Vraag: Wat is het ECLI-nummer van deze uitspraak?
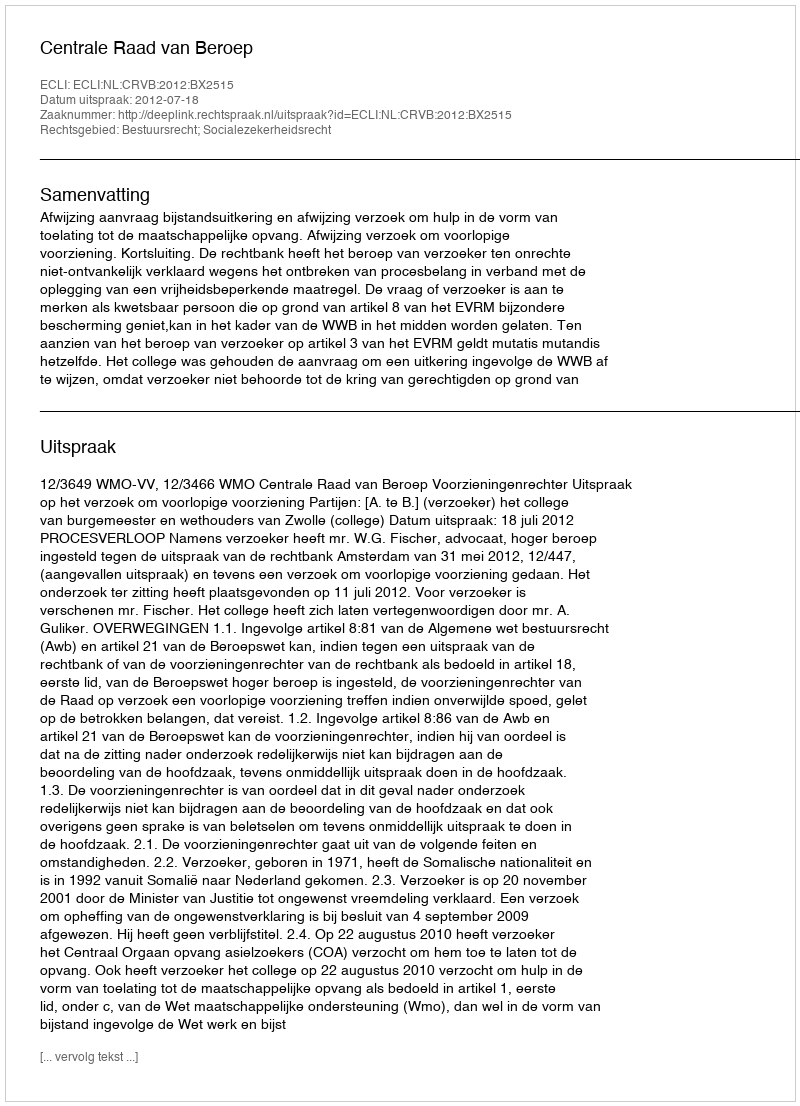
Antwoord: ECLI:NL:CRVB:2012:BX2515